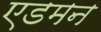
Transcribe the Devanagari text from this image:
एडमन